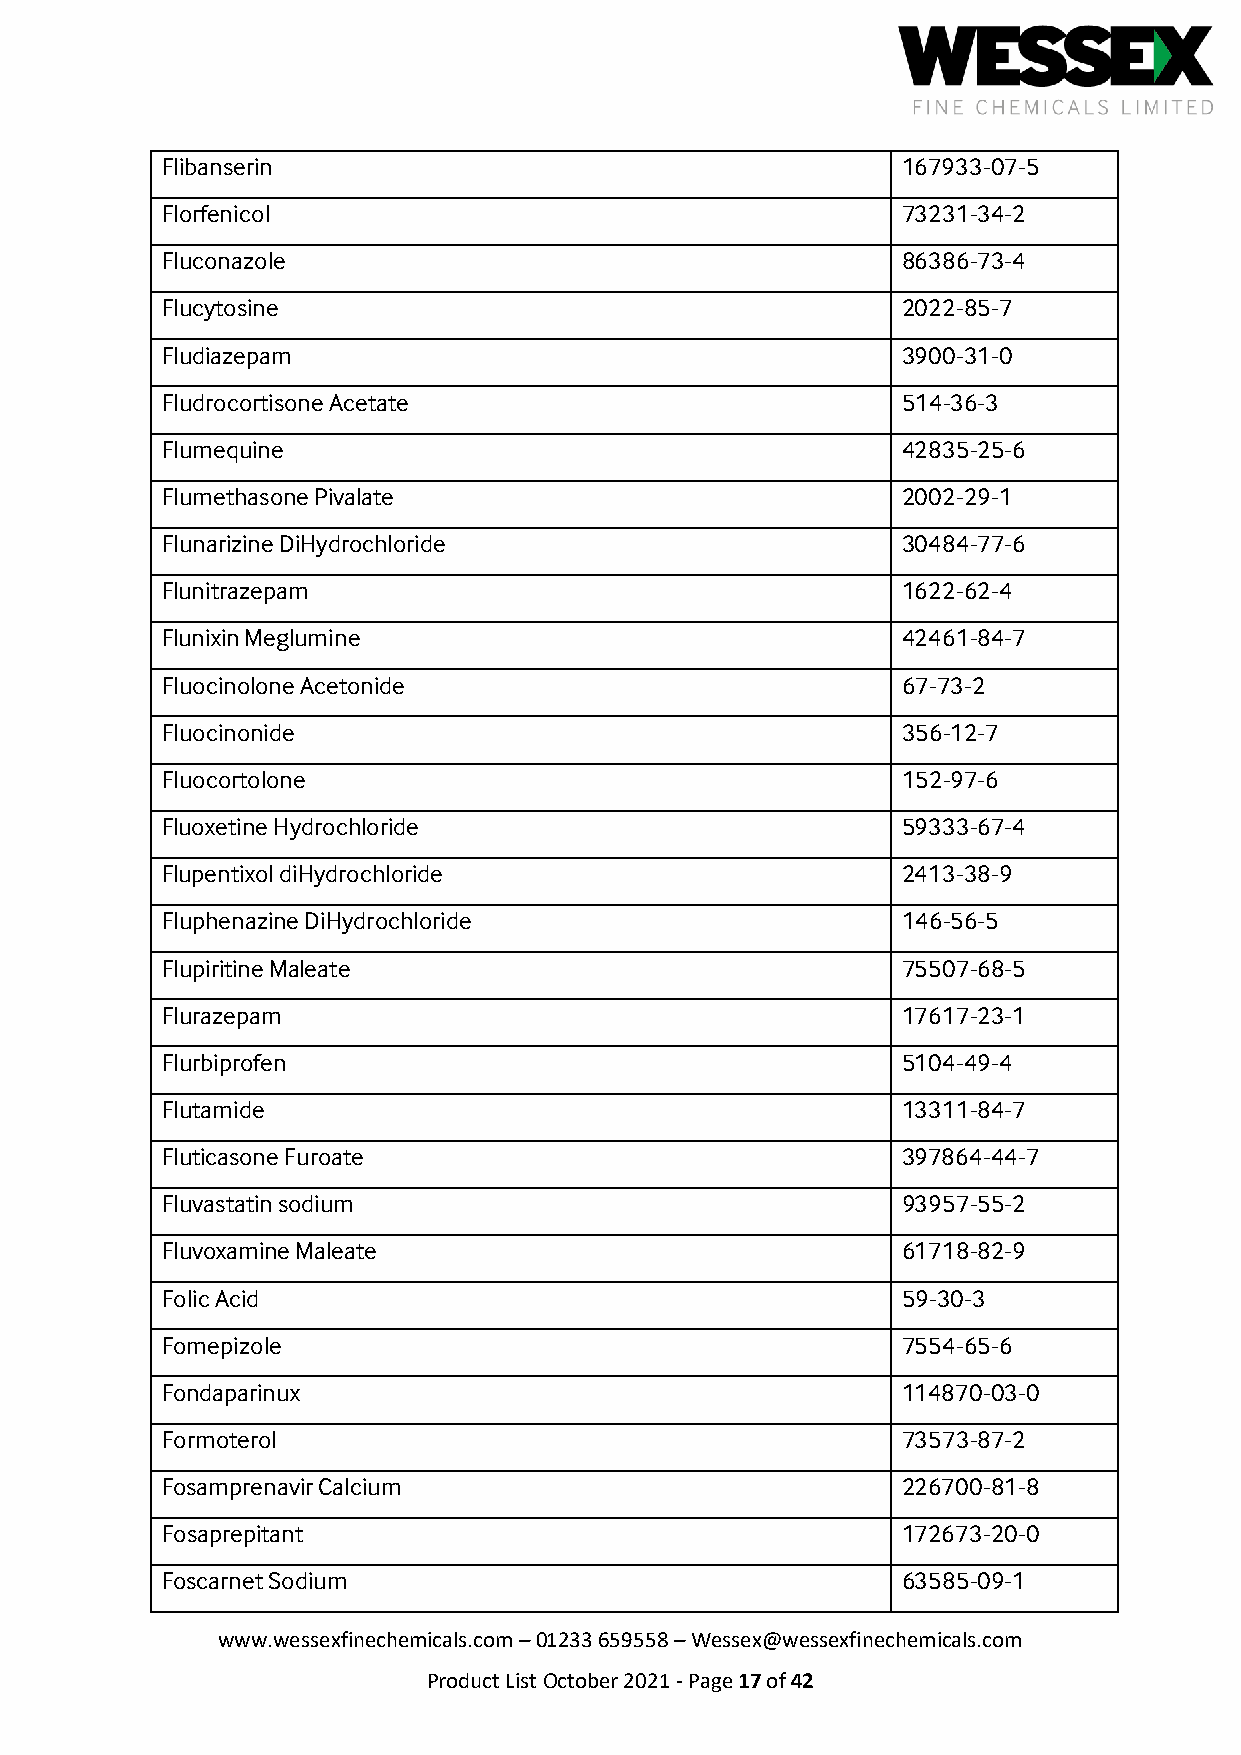
Flibanserin                                      167933-07-5
 Florfenicol                                      73231-34-2
 Fluconazole                                      86386-73-4
 Flucytosine                                      2022-85-7
 Fludiazepam                                      3900-31-0
 Fludrocortisone Acetate                          514-36-3
 Flumequine                                       42835-25-6
 Flumethasone Pivalate                            2002-29-1
 Flunarizine DiHydrochloride                      30484-77-6
 Flunitrazepam                                    1622-62-4
 Flunixin Meglumine                               42461-84-7
 Fluocinolone Acetonide                           67-73-2
 Fluocinonide                                     356-12-7
 Fluocortolone                                    152-97-6
 Fluoxetine Hydrochloride                         59333-67-4
 Flupentixol diHydrochloride                      2413-38-9
 Fluphenazine DiHydrochloride                     146-56-5
 Flupiritine Maleate                              75507-68-5
 Flurazepam                                       17617-23-1
 Flurbiprofen                                     5104-49-4
 Flutamide                                        13311-84-7
 Fluticasone Furoate                              397864-44-7
 Fluvastatin sodium                               93957-55-2
 Fluvoxamine Maleate                              61718-82-9
 Folic Acid                                       59-30-3
 Fomepizole                                       7554-65-6
 Fondaparinux                                     114870-03-0
 Formoterol                                       73573-87-2
 Fosamprenavir Calcium                            226700-81-8
 Fosaprepitant                                    172673-20-0
 Foscarnet Sodium                                 63585-09-1
 www.wessexfinechemicals.com – 01233 659558 – Wessex@wessexfinechemicals.com
 Product List October 2021 - Page 17 of 42